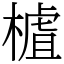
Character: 樝